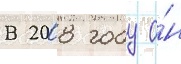
В 2008 году о́н